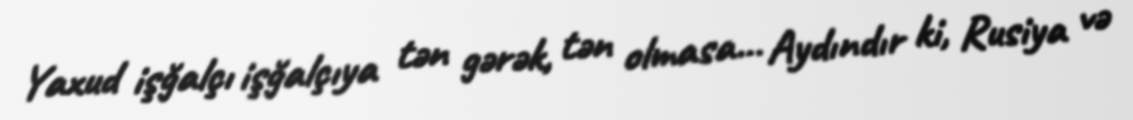
Yaxud işğalçı işğalçıya tən gərək, tən olmasa... Aydındır ki, Rusiya və